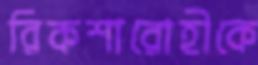
রিকশারোহীকে